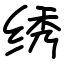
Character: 绣